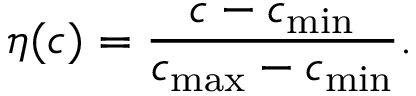
\eta ( c ) = \frac { c - c _ { \operatorname* { m i n } } } { c _ { \operatorname* { m a x } } - c _ { \operatorname* { m i n } } } .